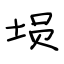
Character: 埙